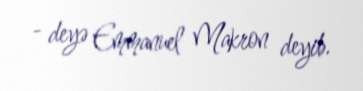
- deyə Emmanuel Makron deyib.